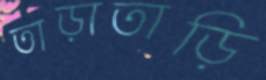
তাড়াতাড়ি